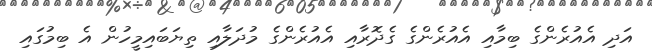
އަދި އެއުރެންގެ ބިމާއި އެއުރެންގެ ގެދޮރާއި އެއުރެންގެ މުދަލާއި ތިޔަބައިމީހުން އެ ބިމުގައި